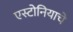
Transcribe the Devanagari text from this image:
एस्टोनियाचे